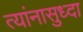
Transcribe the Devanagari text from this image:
त्यांनासुध्दा